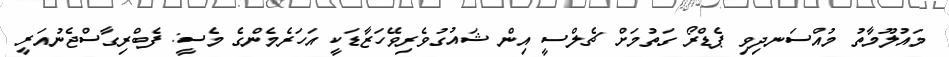
މައުލޫމާތު މުއްސަނދިވި ޕެޑްރޯ ގަތުމަށް ޗެލްސީ އިން ޝައުގުވެރިވޭހަޒާޑަކީ އަހަރެމެންގެ މެސީ: ފެބްރިގާސްޖެނުއަރީ